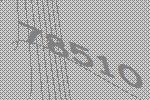
78510